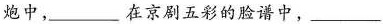
炮中，___在京剧五彩的脸谱中，___